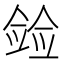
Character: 𫣛